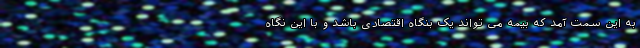
به این سمت آمد که بیمه می تواند یک بنگاه اقتصادی باشد و با این نگاه